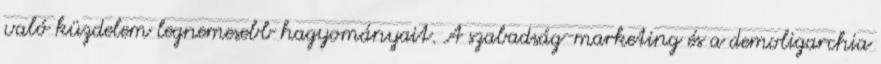
való küzdelem legnemesebb hagyományait. A szabadság-marketing és a demoligarchia